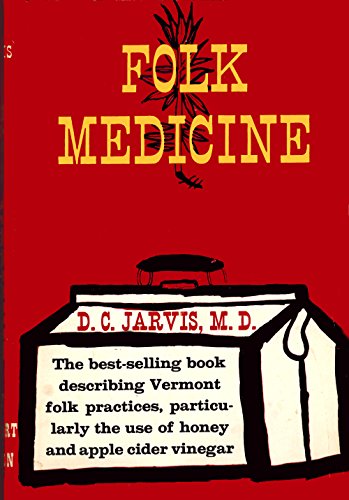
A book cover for Folk Medicine: A Vermont Doctor's Guide to Good Health; D. C. Jarvis; Literature & Fiction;